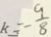
k _ { 2 } = \frac { 9 } { 8 }